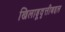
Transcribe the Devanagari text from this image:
खिलाडूवृत्तीबद्दल